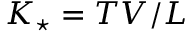
K _ { \star } = T V / L